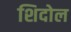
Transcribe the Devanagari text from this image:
शिदोल